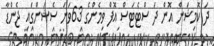
ދަ ކޮމިޝަން އޮން ދަ ސްޓެޓަސް އޮފް ވިމެންގެ 63ވަނަ ސެޝަންގައި ޖެންޑާ